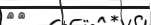
٢٣